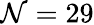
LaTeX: \mathcal{N}=29